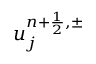
u _ { j } ^ { { n + \frac { 1 } { 2 } } , \pm }